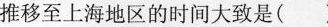
推移至上海地区的时间大致是( )